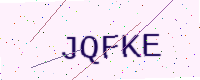
Text: JQFKE